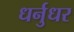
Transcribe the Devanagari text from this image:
धर्नुधर